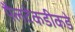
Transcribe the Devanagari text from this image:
पैलटेकडीकडे